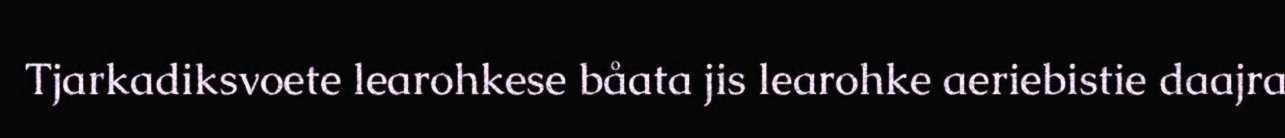
Tjarkadiksvoete learohkese båata jis learohke aeriebistie daajra